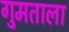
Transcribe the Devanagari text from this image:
गुमताला